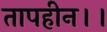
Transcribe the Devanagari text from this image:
तापहीन।।